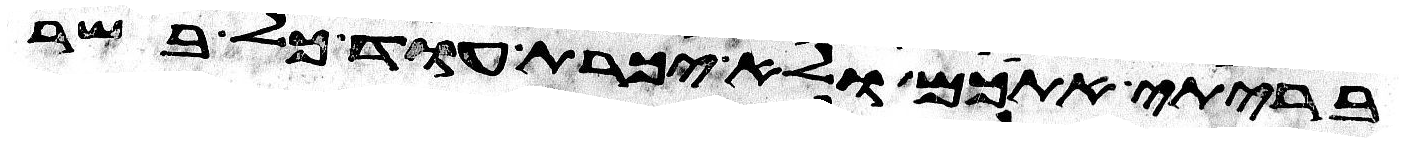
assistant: בריתי אתכם ולא יכרת עוד כל בשר